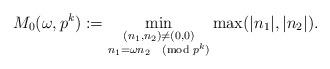
LaTeX: \begin{align*} M_0(\omega,p^k):=\min_{\substack{(n_1,n_2)\neq(0,0)\\n_1=\omega n_2\pmod {p^k}}}\max(|n_1|,|n_2|).\end{align*}